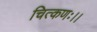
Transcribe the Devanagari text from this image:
चित्कणः।।